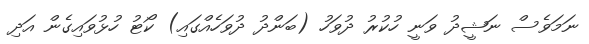
ނަމަވެސް ނަޝީދު ވަނީ ހުކުރު ދުވަހު (ބަންދު ދުވަހެއްގައި) ކޯޓު ހުޅުވައިގެން އަދި